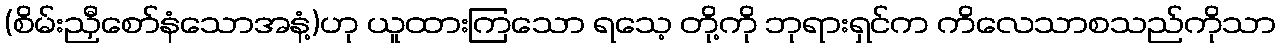
(စိမ်းညှီစော်နံသောအနံ့)ဟု ယူထားကြသော ရသေ့ တို့ကို ဘုရားရှင်က ကိလေသာစသည်ကိုသာ